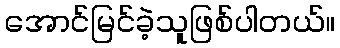
အောင်မြင်ခဲ့သူဖြစ်ပါတယ်။